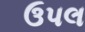
ઉપલ